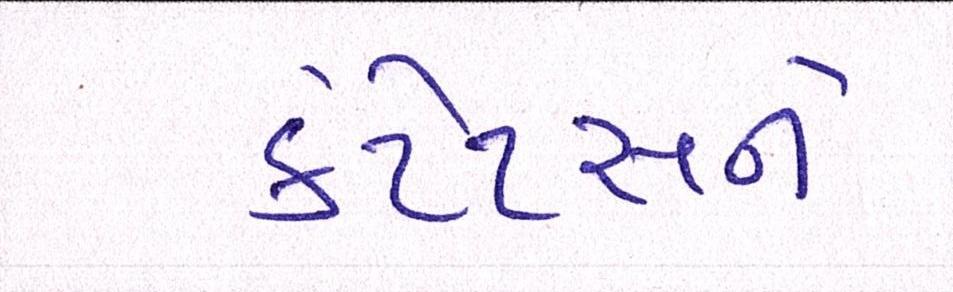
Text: કેટેટસને